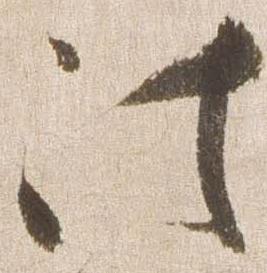
法